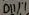
Text: D11/1